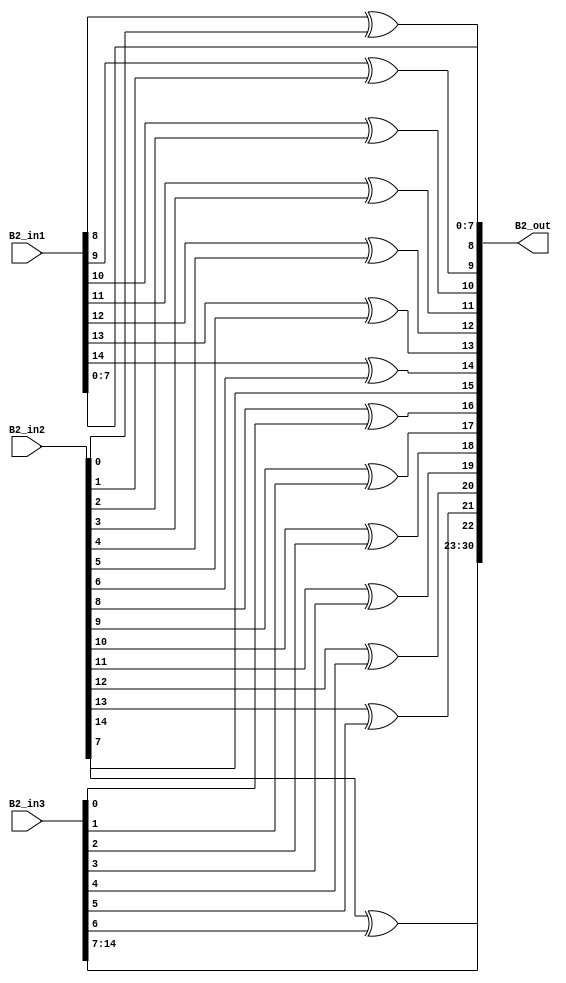
`timescale 1ns / 1ps 
//////////////////////////////////////////////////////////////////////////////////  
// Company:    
 // Engineer:   
 //  // Create Date: 25.01.2022 23:34:48 
// Design Name:     
// Module Name: overlap_module 
 // Project Name:    
// Target Devices:  
// Tool Versions:   
// Description: 
//              
// Dependencies:   
 //  
// Revision:       
 // Revision 0.01 - File Created 
// Additional Comments: 
//  
//////////////////////////////////////////////////////////////////////////////////  
    
    
module overlap_module_15bit(     
    B2_in1,                
    B2_in2,             
    B2_in3,   
    B2_out 
    );     


parameter n = 16;
    
input [n-2:0] B2_in1;   
input [n-2:0] B2_in2;    
input [n-2:0] B2_in3;    

output [2*n-2:0] B2_out;  
    


assign B2_out[0] = B2_in1[0];

assign B2_out[1] = B2_in1[1];

assign B2_out[2] = B2_in1[2];

assign B2_out[3] = B2_in1[3];

assign B2_out[4] = B2_in1[4];

assign B2_out[5] = B2_in1[5];

assign B2_out[6] = B2_in1[6];

assign B2_out[7] = B2_in1[7];

assign B2_out[8] = B2_in1[8]^ B2_in2[0];

assign B2_out[9] = B2_in1[9]^ B2_in2[1];

assign B2_out[10] = B2_in1[10]^ B2_in2[2];

assign B2_out[11] = B2_in1[11]^ B2_in2[3];

assign B2_out[12] = B2_in1[12]^ B2_in2[4];

assign B2_out[13] = B2_in1[13]^ B2_in2[5];

assign B2_out[14] = B2_in1[14]^ B2_in2[6];

assign B2_out[15] = B2_in2[7];

assign B2_out[16] = B2_in2[8]^B2_in3[0];

assign B2_out[17] = B2_in2[9]^B2_in3[1];

assign B2_out[18] = B2_in2[10]^B2_in3[2];

assign B2_out[19] = B2_in2[11]^B2_in3[3];

assign B2_out[20] = B2_in2[12]^B2_in3[4];

assign B2_out[21] = B2_in2[13]^B2_in3[5];

assign B2_out[22] = B2_in2[14]^B2_in3[6];

assign B2_out[23] = B2_in3[7];

assign B2_out[24] = B2_in3[8];

assign B2_out[25] = B2_in3[9];

assign B2_out[26] = B2_in3[10];

assign B2_out[27] = B2_in3[11];

assign B2_out[28] = B2_in3[12];

assign B2_out[29] = B2_in3[13];

assign B2_out[30] = B2_in3[14];

endmodule